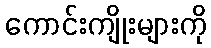
ကောင်းကျိုးများကို